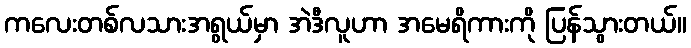
ကလေးတစ်လသားအရွယ်မှာ အဲဒီလူဟာ အမေရိကားကို ပြန်သွားတယ်။